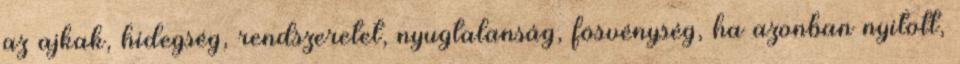
az ajkak, hidegség, rendszeretet, nyugtalanság, fösvénység, ha azonban nyitott,